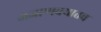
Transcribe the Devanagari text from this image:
अजाणवयातच